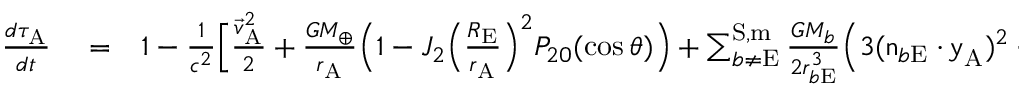
\begin{array} { r l r } { \frac { d \tau _ { \mathrm { A } } } { d t } } & { { } = } & { 1 - \frac { 1 } { c ^ { 2 } } \Big [ \frac { { \vec { v } } _ { \mathrm { A } } ^ { 2 } } { 2 } + \frac { G M _ { \oplus } } { r _ { \mathrm { A } } } \Big ( 1 - J _ { 2 } \Big ( \frac { R _ { \mathrm { E } } } { r _ { \mathrm { A } } } \Big ) ^ { 2 } P _ { 2 0 } ( \cos \theta ) \Big ) + \sum _ { b \not = \mathrm { E } } ^ { \mathrm { S , m } } \frac { G M _ { b } } { 2 r _ { b \mathrm { E } } ^ { 3 } } \Big ( 3 ( \boldsymbol { \mathrm { n } } _ { b \mathrm { E } } \cdot \boldsymbol { \mathrm { y } } _ { \mathrm { A } } ) ^ { 2 } - \boldsymbol { \mathrm { y } } _ { \mathrm { A } } ^ { 2 } \Big ) \Big ] + { \cal O } ( 6 . 3 4 \times 1 0 ^ { - 1 7 } ) , ~ ~ ~ ~ ~ } \end{array}